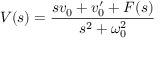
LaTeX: V ( s ) = { \frac { s v _ { 0 } + v _ { 0 } ^ { \prime } + F ( s ) } { s ^ { 2 } + \omega _ { 0 } ^ { 2 } } }